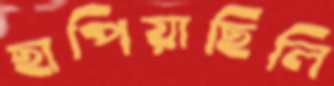
ছাপিয়াছিলি